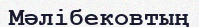
Мәлібековтың